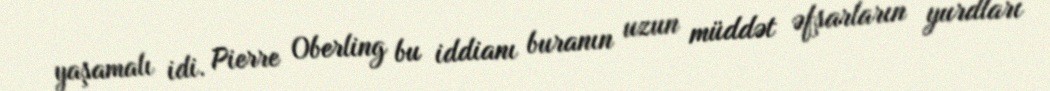
yaşamalı idi. Pierre Oberling bu iddianı buranın uzun müddət əfşarların yurdları